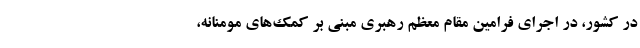
در کشور، در اجرای فرامین مقام معظم رهبری مبنی بر کمک‌های مومنانه،